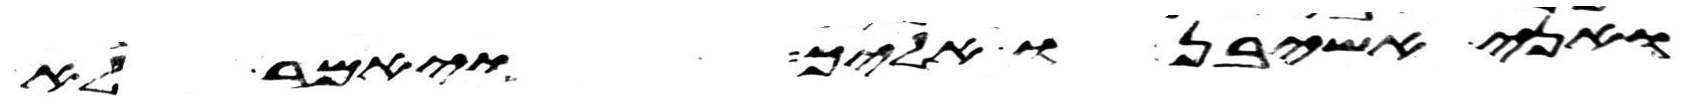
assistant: ואני אשיבנו אליך ויאמר לא